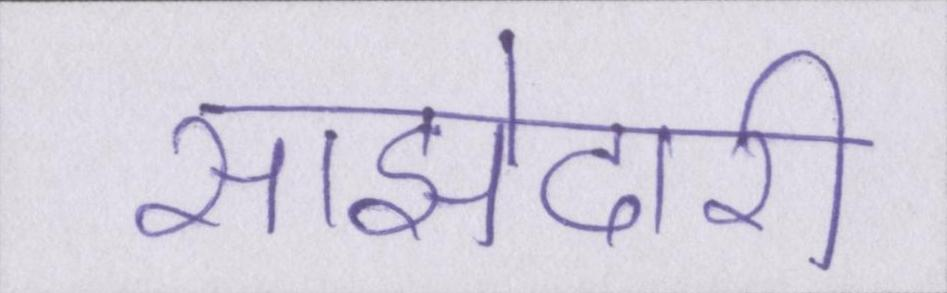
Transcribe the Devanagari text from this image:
साझेदारी